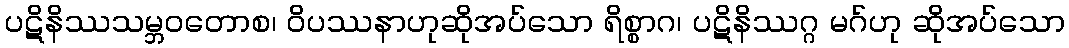
ပဋိနိဿသမ္ဘဝတောစ၊ ဝိပဿနာဟုဆိုအပ်သော ရိစ္စာဂ၊ ပဋိနိဿဂ္ဂ မဂ်ဟု ဆိုအပ်သော